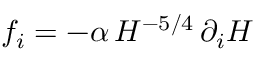
f _ { i } = - \alpha \, H ^ { - 5 / 4 } \, \partial _ { i } H